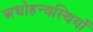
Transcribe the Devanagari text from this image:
अधोहन्वस्थियों